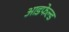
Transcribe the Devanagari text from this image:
आडफेल्ड